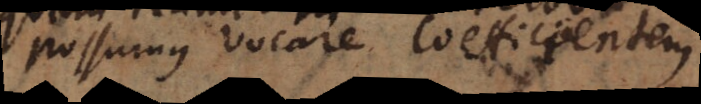
possumus vocare coefficientem